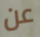
عن